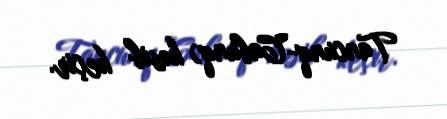
Tancunq-Cabunq) kəsib keçir.